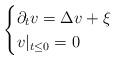
LaTeX: \begin{align*} \begin{cases} \partial_t v = \Delta v + \xi \\ v|_{t\leq0} = 0 \end{cases}\end{align*}